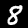
Label: 8